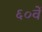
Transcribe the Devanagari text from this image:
६०वें